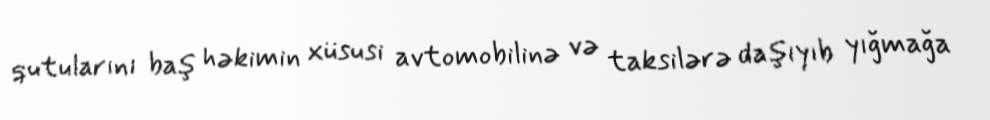
qutularını baş həkimin xüsusi avtomobilinə və taksilərə daşıyıb yığmağa